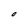
Character: O